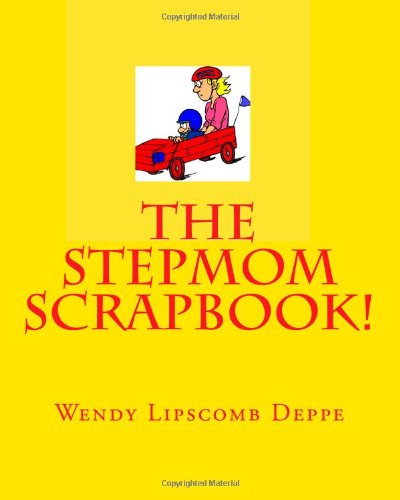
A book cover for The Stepmom Scrapbook!; Wendy Lipscomb Deppe; Parenting & Relationships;